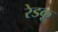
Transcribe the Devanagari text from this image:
रेडकू